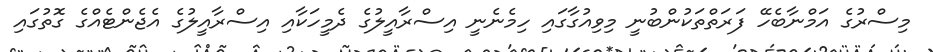
މިސްރުގެ އަމްނާބެހޭ ފަރަތްތަކުންބުނީ މިވިއުގާގައި ހިމެނެނީ އިސްރާއީލުގެ ދެމީހަކާއި އިސްރާއީލުގެ އެޖެންޓެއްގެ ގޮތުގައި